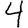
Digit: 4